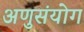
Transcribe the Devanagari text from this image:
अणुसंयोग